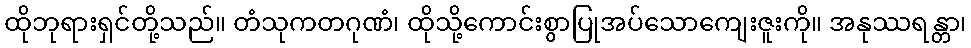
ထိုဘုရားရှင်တို့သည်။ တံသုကတဂုဏံ၊ ထိုသို့ကောင်းစွာပြုအပ်သောကျေးဇူးကို။ အနုဿရန္တာ၊